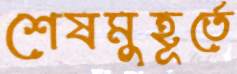
শেষমুহূর্তে